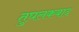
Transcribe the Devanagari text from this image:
तुघलकबाद